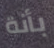
بأنة